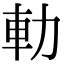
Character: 䡃